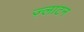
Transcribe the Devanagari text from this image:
ज़्लाटन